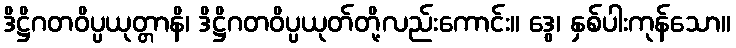
ဒိဋ္ဌိဂတဝိပ္ပယုတ္တာနိ၊ ဒိဋ္ဌိဂတဝိပ္ပယုတ်တို့လည်းကောင်း။ ဒွေ၊ နှစ်ပါးကုန်သော။